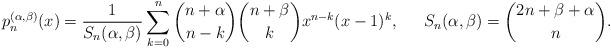
LaTeX: \begin{align*}p_{n}^{(\alpha,\beta)}(x)&=\frac{1}{S_n(\alpha,\beta)}\sum_{k=0}^n\binom{n+\alpha}{n-k}\binom{n+\beta}{k}x^{n-k}(x-1)^k,&& &S_n(\alpha,\beta)&=\binom{2n+\beta+\alpha}{n}.\end{align*}